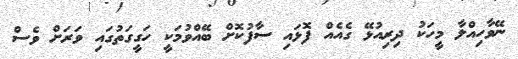
ނޭވާހިއްލާ މީހަކު ދިރިއުޅޭ ގެއެއް ފޮޅައި ސާފުކޮށް ބޭއްވުމަކީ ހަގީގަތުގައި ވަރަށް ވެސް